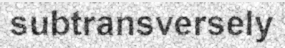
subtransversely